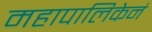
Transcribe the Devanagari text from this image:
महापालिकेनं